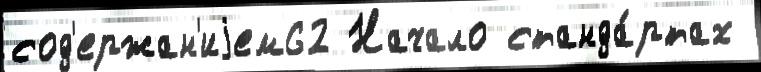
сод'ержан'иjем62 Начало станда́ртах